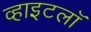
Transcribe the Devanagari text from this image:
व्हाइटलॉ